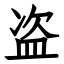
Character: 盗